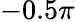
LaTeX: -0.5\pi